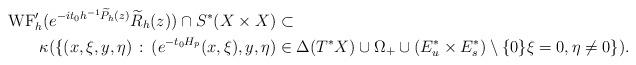
LaTeX: \begin{align*}{\rm WF}_h'(e^{-it_0h^{-1}\widetilde{P}_h(z)} \widetilde{R}_h(z))\cap S^*(X\times X)&\subset \\\kappa(\{(x,\xi,y,\eta)\,:\,(e^{-t_0H_p}(x,\xi),y,\eta)&\in \Delta(T^*X)\cup \Omega_+\cup(E^*_u\times E^*_s)\setminus\{0\} \xi=0,\eta\neq 0\}).\end{align*}